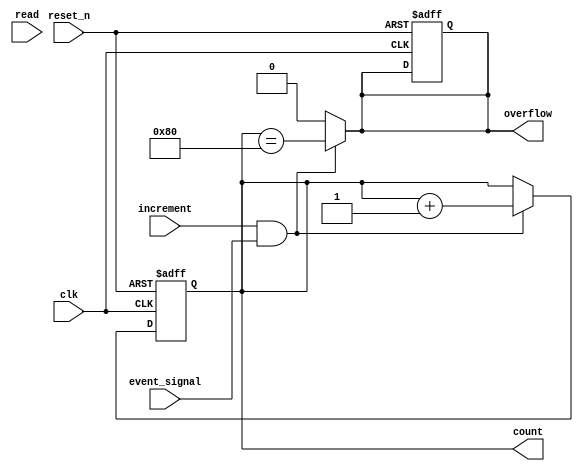
module EventCounter #(
    parameter WIDTH = 8 // Parameter for bit width of the counter
)(
    input wire clk,              // Clock signal
    input wire reset_n,          // Active-low asynchronous reset
    input wire increment,        // Increment signal
    input wire read,             // Read signal
    input wire event_signal,     // Event signal to increment the counter
    output reg [WIDTH-1:0] count, // Current count value
    output reg overflow          // Overflow flag
);

    // Internal signal to track the next count value
    reg [WIDTH-1:0] next_count;

    // Asynchronous reset logic
    always @(posedge clk or negedge reset_n) begin
        if (!reset_n) begin
            count <= 0; // Reset count to zero
            overflow <= 0; // Clear overflow flag
        end else begin
            // Update the count value
            count <= next_count;
        end
    end

    // Logic for counting
    always @(*) begin
        if (increment && event_signal) begin
            // Increment count
            next_count = count + 1;
            // Check for overflow
            overflow = (count == {1'b1, {WIDTH-1{1'b0}}}); // Check if count is at maximum
        end else begin
            next_count = count; // Hold current count
            overflow = 0; // No overflow if not incrementing
        end
    end

    // Read functionality (optional, can be implemented based on specific requirements)
    // Here we simply allow the count to be read when the read signal is high
    always @(posedge clk) begin
        if (read) begin
            // In a real application, you might want to latch the read value somewhere
            // For simulation, we just output it
            // (This part of the code can be modified based on the specific read requirements)
        end
    end

endmodule